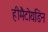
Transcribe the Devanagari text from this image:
हीमैटोयडिन